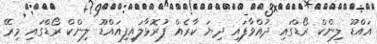
އައްޑޫ ލިންކް ރޯޑްގައި ދުއްވާފައި ދިޔަ ކާރެއް ފުރޮޅާލައިފިއައްޑޫ ލިންކް ރޯޑްގައި މިރޭ